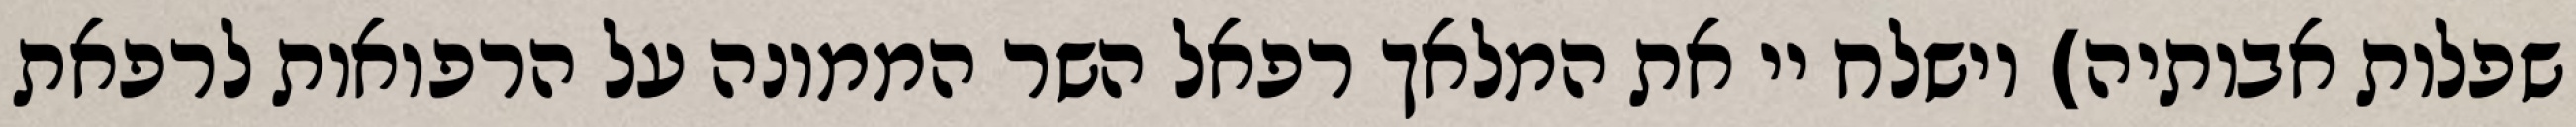
שפלות אבותיה) וישלח יי את המלאך רפאל השר הממונה על הרפואות לרפאת